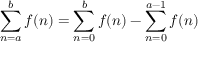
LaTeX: \sum _ { n = a } ^ { b } f ( n ) = \sum _ { n = 0 } ^ { b } f ( n ) - \sum _ { n = 0 } ^ { a - 1 } f ( n ) \quad